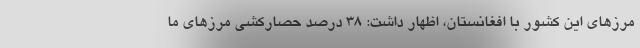
مرزهای این کشور با افغانستان، اظهار داشت: ۳۸ درصد حصارکشی مرزهای ما